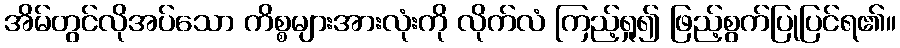
အိမ်တွင်လိုအပ်သော ကိစ္စများအားလုံးကို လိုက်လံ ကြည့်ရှု၍ ဖြည့်စွက်ပြုပြင်ရ၏။